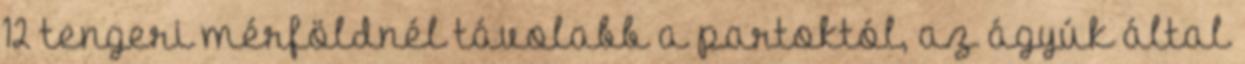
12 tengeri mérföldnél távolabb a partoktól, az ágyúk által